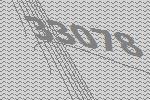
33078